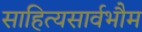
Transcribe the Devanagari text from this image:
साहित्यसार्वभौम